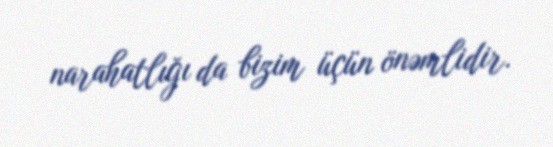
narahatlığı da bizim üçün önəmlidir.